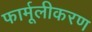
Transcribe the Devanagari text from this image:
फार्मूलीकरण